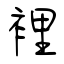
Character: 裡